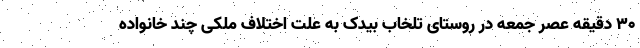
۳۰ دقیقه عصر جمعه در روستای تلخاب بیدک به علت اختلاف ملکی چند خانواده